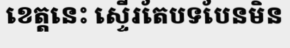
ខេត្តនេះ ស្ទើរតែបទបែនមិន